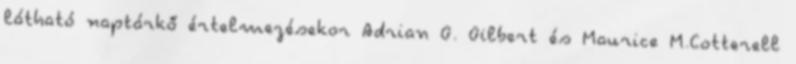
látható naptárkő értelmezésekor Adrian G. Gilbert és Maurice M.Cotterell